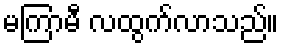
မကြာမီ လထွက်လာသည်။